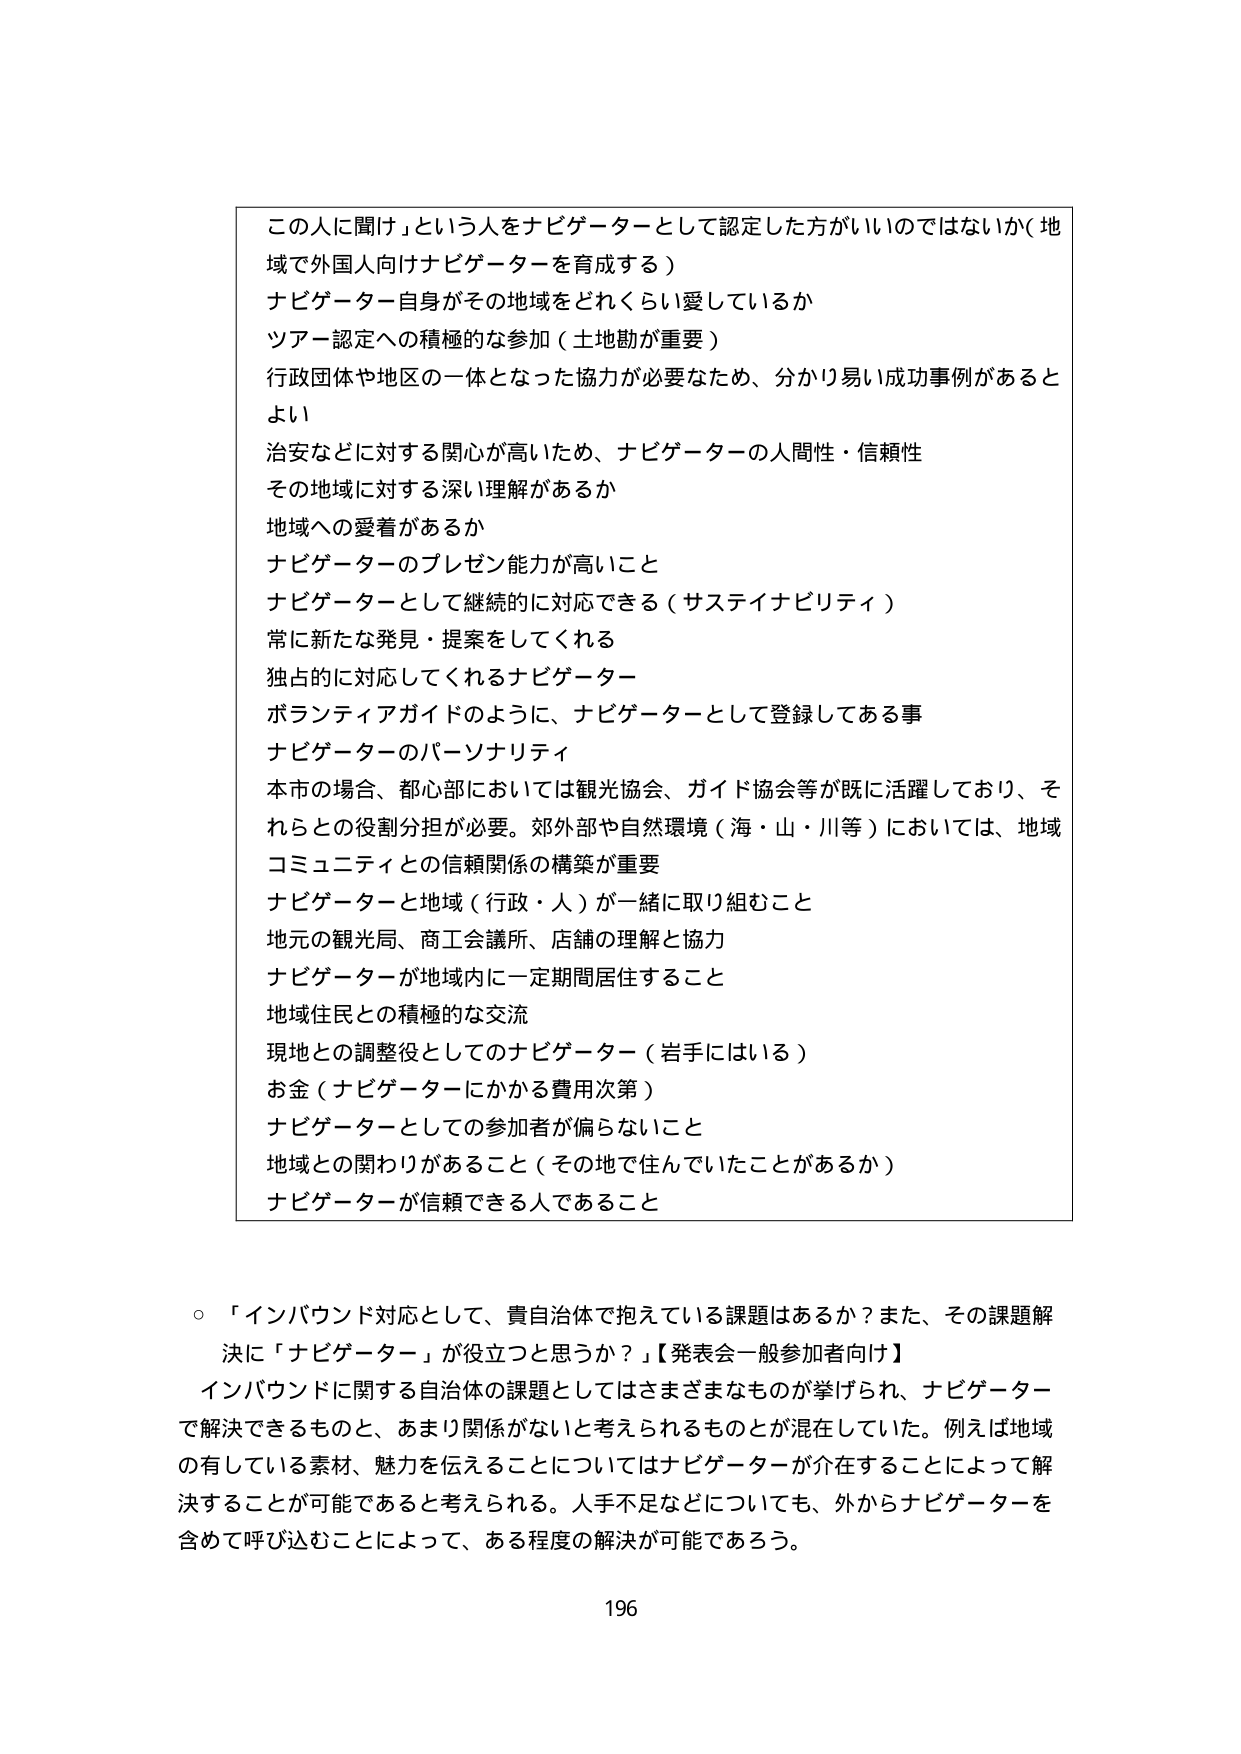
この人に聞け」という人をナビゲーターとして認定した方がいいのではないか（地域で外国人向けナビゲーターを育成する）
ナビゲーター自身がその地域をどれくらい愛しているか
ツアー認定への積極的な参加（土地勘が重要）
行政団体や地区の一体となった協力が必要なため、分かり易い成功事例があるとよい
治安などに対する関心が高いため、ナビゲーターの人間性・信頼性
その地域に対する深い理解があるか
地域への愛着があるか
ナビゲーターのプレゼン能力が高いこと
ナビゲーターとして継続的に対応できる（サステイナビリティ）
常に新たな発見・提案をしてくれる
独占的に対応してくれるナビゲーター
ボランティアガイドのように、ナビゲーターとして登録してある事
ナビゲーターのパーソナリティ
本市の場合、都心部においては観光協会、ガイド協会等が既に活躍しており、それらとの役割分担が必要。郊外部や自然環境（海・山・川等）においては、地域コミュニティとの信頼関係の構築が重要
ナビゲーターと地域（行政・人）が一緒に取り組むこと
地元の観光局、商工会議所、店舗の理解と協力
ナビゲーターが地域内に一定期間居住すること
地域住民との積極的な交流
現地との調整役としてのナビゲーター（岩手にはいる）
お金（ナビゲーターにかかる費用次第）
ナビゲーターとしての参加者が偏らないこと
地域との関わりがあること（その地で住んでいたことがあるか）
ナビゲーターが信頼できる人であること

○ 「インバウンド対応として、貴自治体で抱えている課題はあるか？また、その課題解決に「ナビゲーター」が役立つと思うか？」【発表会一般参加者向け】
インバウンドに関する自治体の課題としてはさまざまなものが挙げられ、ナビゲーターで解決できるものと、あまり関係がないと考えられるものが混在していた。例えば地域の有している素材、魅力を伝えることについてはナビゲーターが介在することによって解決することが可能であると考えられる。人手不足などについても、外からナビゲーターを含めて呼び込むことによって、ある程度の解決が可能であろう。

196